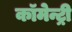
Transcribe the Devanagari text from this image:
कॉमेन्ट्री